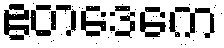
ဧတဒေကေ